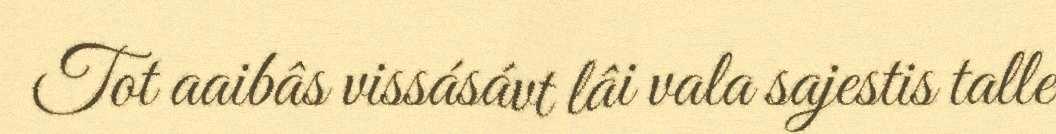
Tot aaibâs vissásávt lâi vala sajestis talle